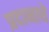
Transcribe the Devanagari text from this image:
प्रदानाचे